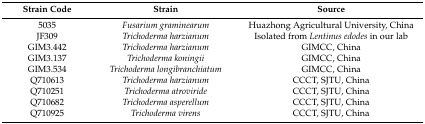
| Strain Code | Strain | Source |
 | --- | --- | --- |
 | 5035 | Fusarium graminearum | Huazhong Agricultural University, China |
 | JF309 | Trichoderma harzianum | Isolated from Lentinus edodes in our lab |
 | GIM3.442 | Trichoderma harzianum | GIMCC, China |
 | GIM3.137 | Trichoderma koningii | GIMCC, China |
 | GIM3.534 | Trichoderma longibranchiatum | GIMCC, China |
 | Q710613 | Trichoderma harzianum | CCCT, SJTU, China |
 | Q710251 | Trichoderma atroviride | CCCT, SJTU, China |
 | Q710682 | Trichoderma asperellum | CCCT, SJTU, China |
 | Q710925 | Trichoderma virens | CCCT, SJTU, China |